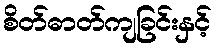
စိတ်ဓာတ်ကျခြင်းနှင့်